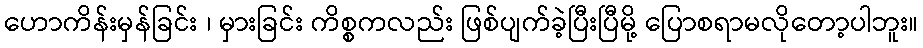
ဟောကိန်းမှန်ခြင်း ၊ မှားခြင်း ကိစ္စကလည်း ဖြစ်ပျက်ခဲ့ပြီးပြီမို့ ပြောစရာမလိုတော့ပါဘူး။